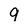
Character: 9